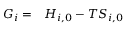
\begin{array} { r l } { G _ { i } = } & { { } H _ { i , 0 } - T S _ { i , 0 } } \end{array}